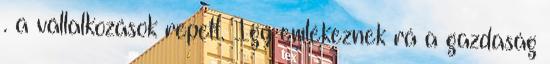
. a vállalkozások repelt. Így emlékeznek rá a gazdaság